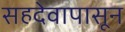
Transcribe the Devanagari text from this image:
सहदेवापासून